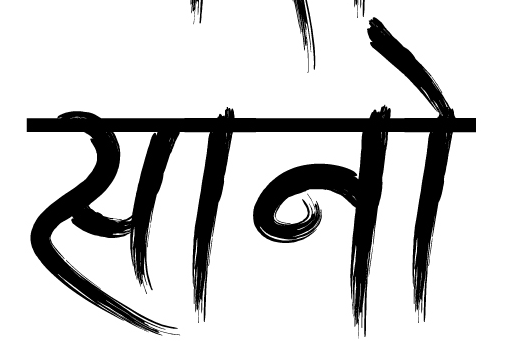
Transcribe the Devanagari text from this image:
सानो